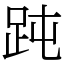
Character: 𧿬